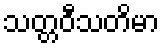
သတ္တဝီသတိမာ